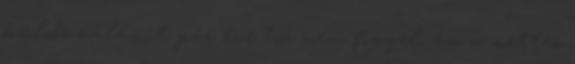
küldő valamit pár éve ha nem figyelném a nettes